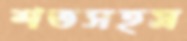
শতসহস্র